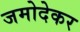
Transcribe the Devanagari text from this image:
जमोदेकर